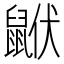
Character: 𪕟